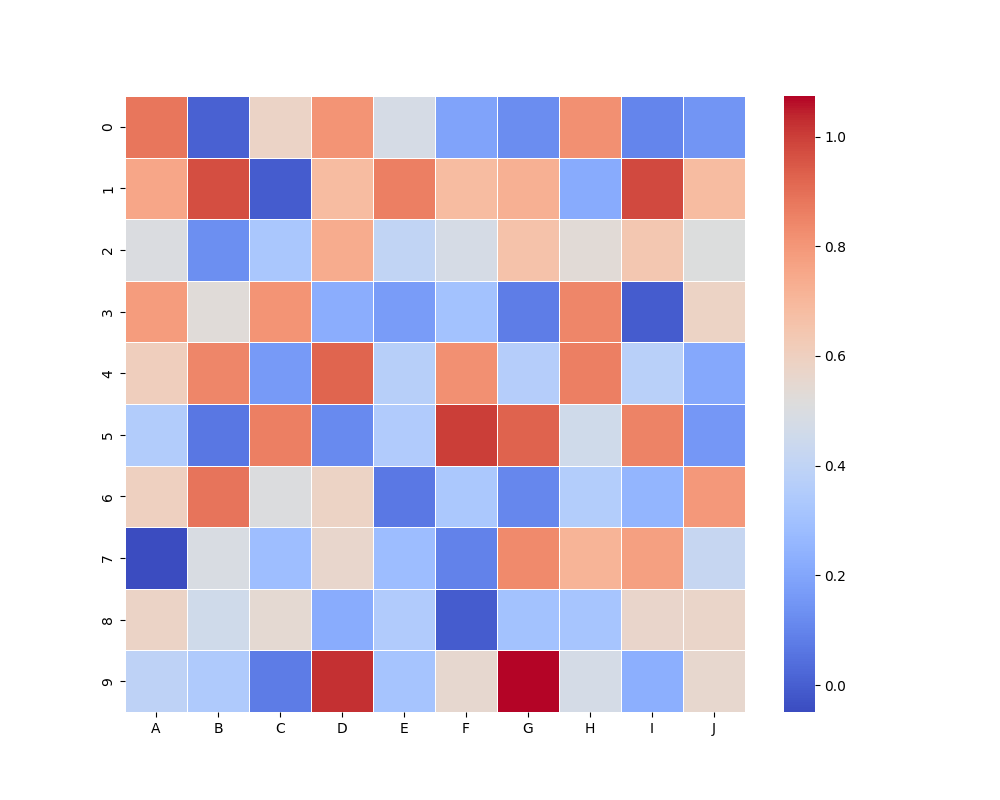
python, seaborn, heatmap, cmap='coolwarm', linewidths=0.5, center=none